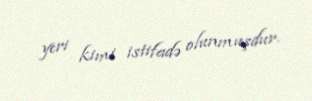
yeri kimi istifadə olunmuşdur.